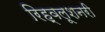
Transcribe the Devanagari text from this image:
रिह्वलूशनरी